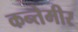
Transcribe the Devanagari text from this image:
कन्तेमीर